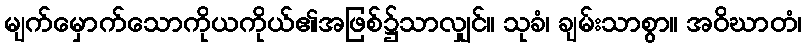
မျက်မှောက်သောကိုယကိုယ်၏အဖြစ်၌သာလျှင်။ သုခံ၊ ချမ်းသာစွာ။ အဝိဃာတံ၊